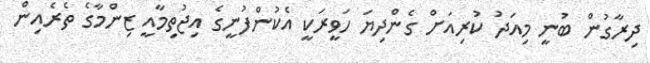
ދިރާގުން ބުނީ މިއަދު ކުރިއަށް ގެންދިޔަ ހަވީރަކީ އެކުންފުނީގެ އިޖުތިމާއީ ޒިންމާގެ ތެރެއިން